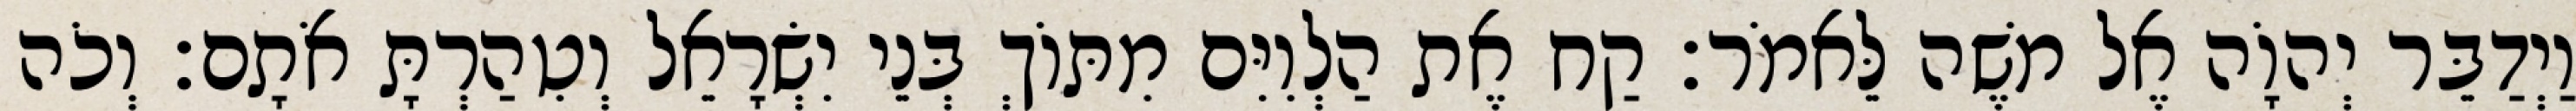
וַיְדַבֵּר יְהוָֹה אֶל משֶׁה לֵּאמֹר׃ קַח אֶת הַלְוִיִּם מִתּוֹךְ בְּנֵי יִשְׂרָאֵל וְטִהַרְתָּ אֹתָם׃ וְכֹה